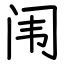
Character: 闱